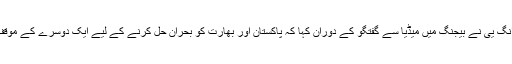
چینی وزیر خارجہ وانگ یی نے بیجنگ میں میڈیا سے گفتگو کے دوران کہا کہ پاکستان اور بھارت کو بحران حل کرنے کے لیے ایک دوسرے کے موقف کو سمجھنا چاہیے ۔